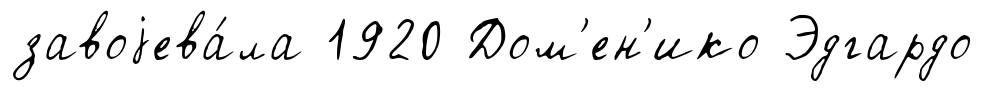
завоjева́ла 1920 Дом'ен'ико Эдгардо